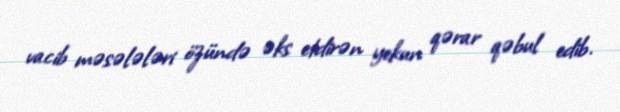
vacib məsələləri özündə əks etdirən yekun qərar qəbul edib.